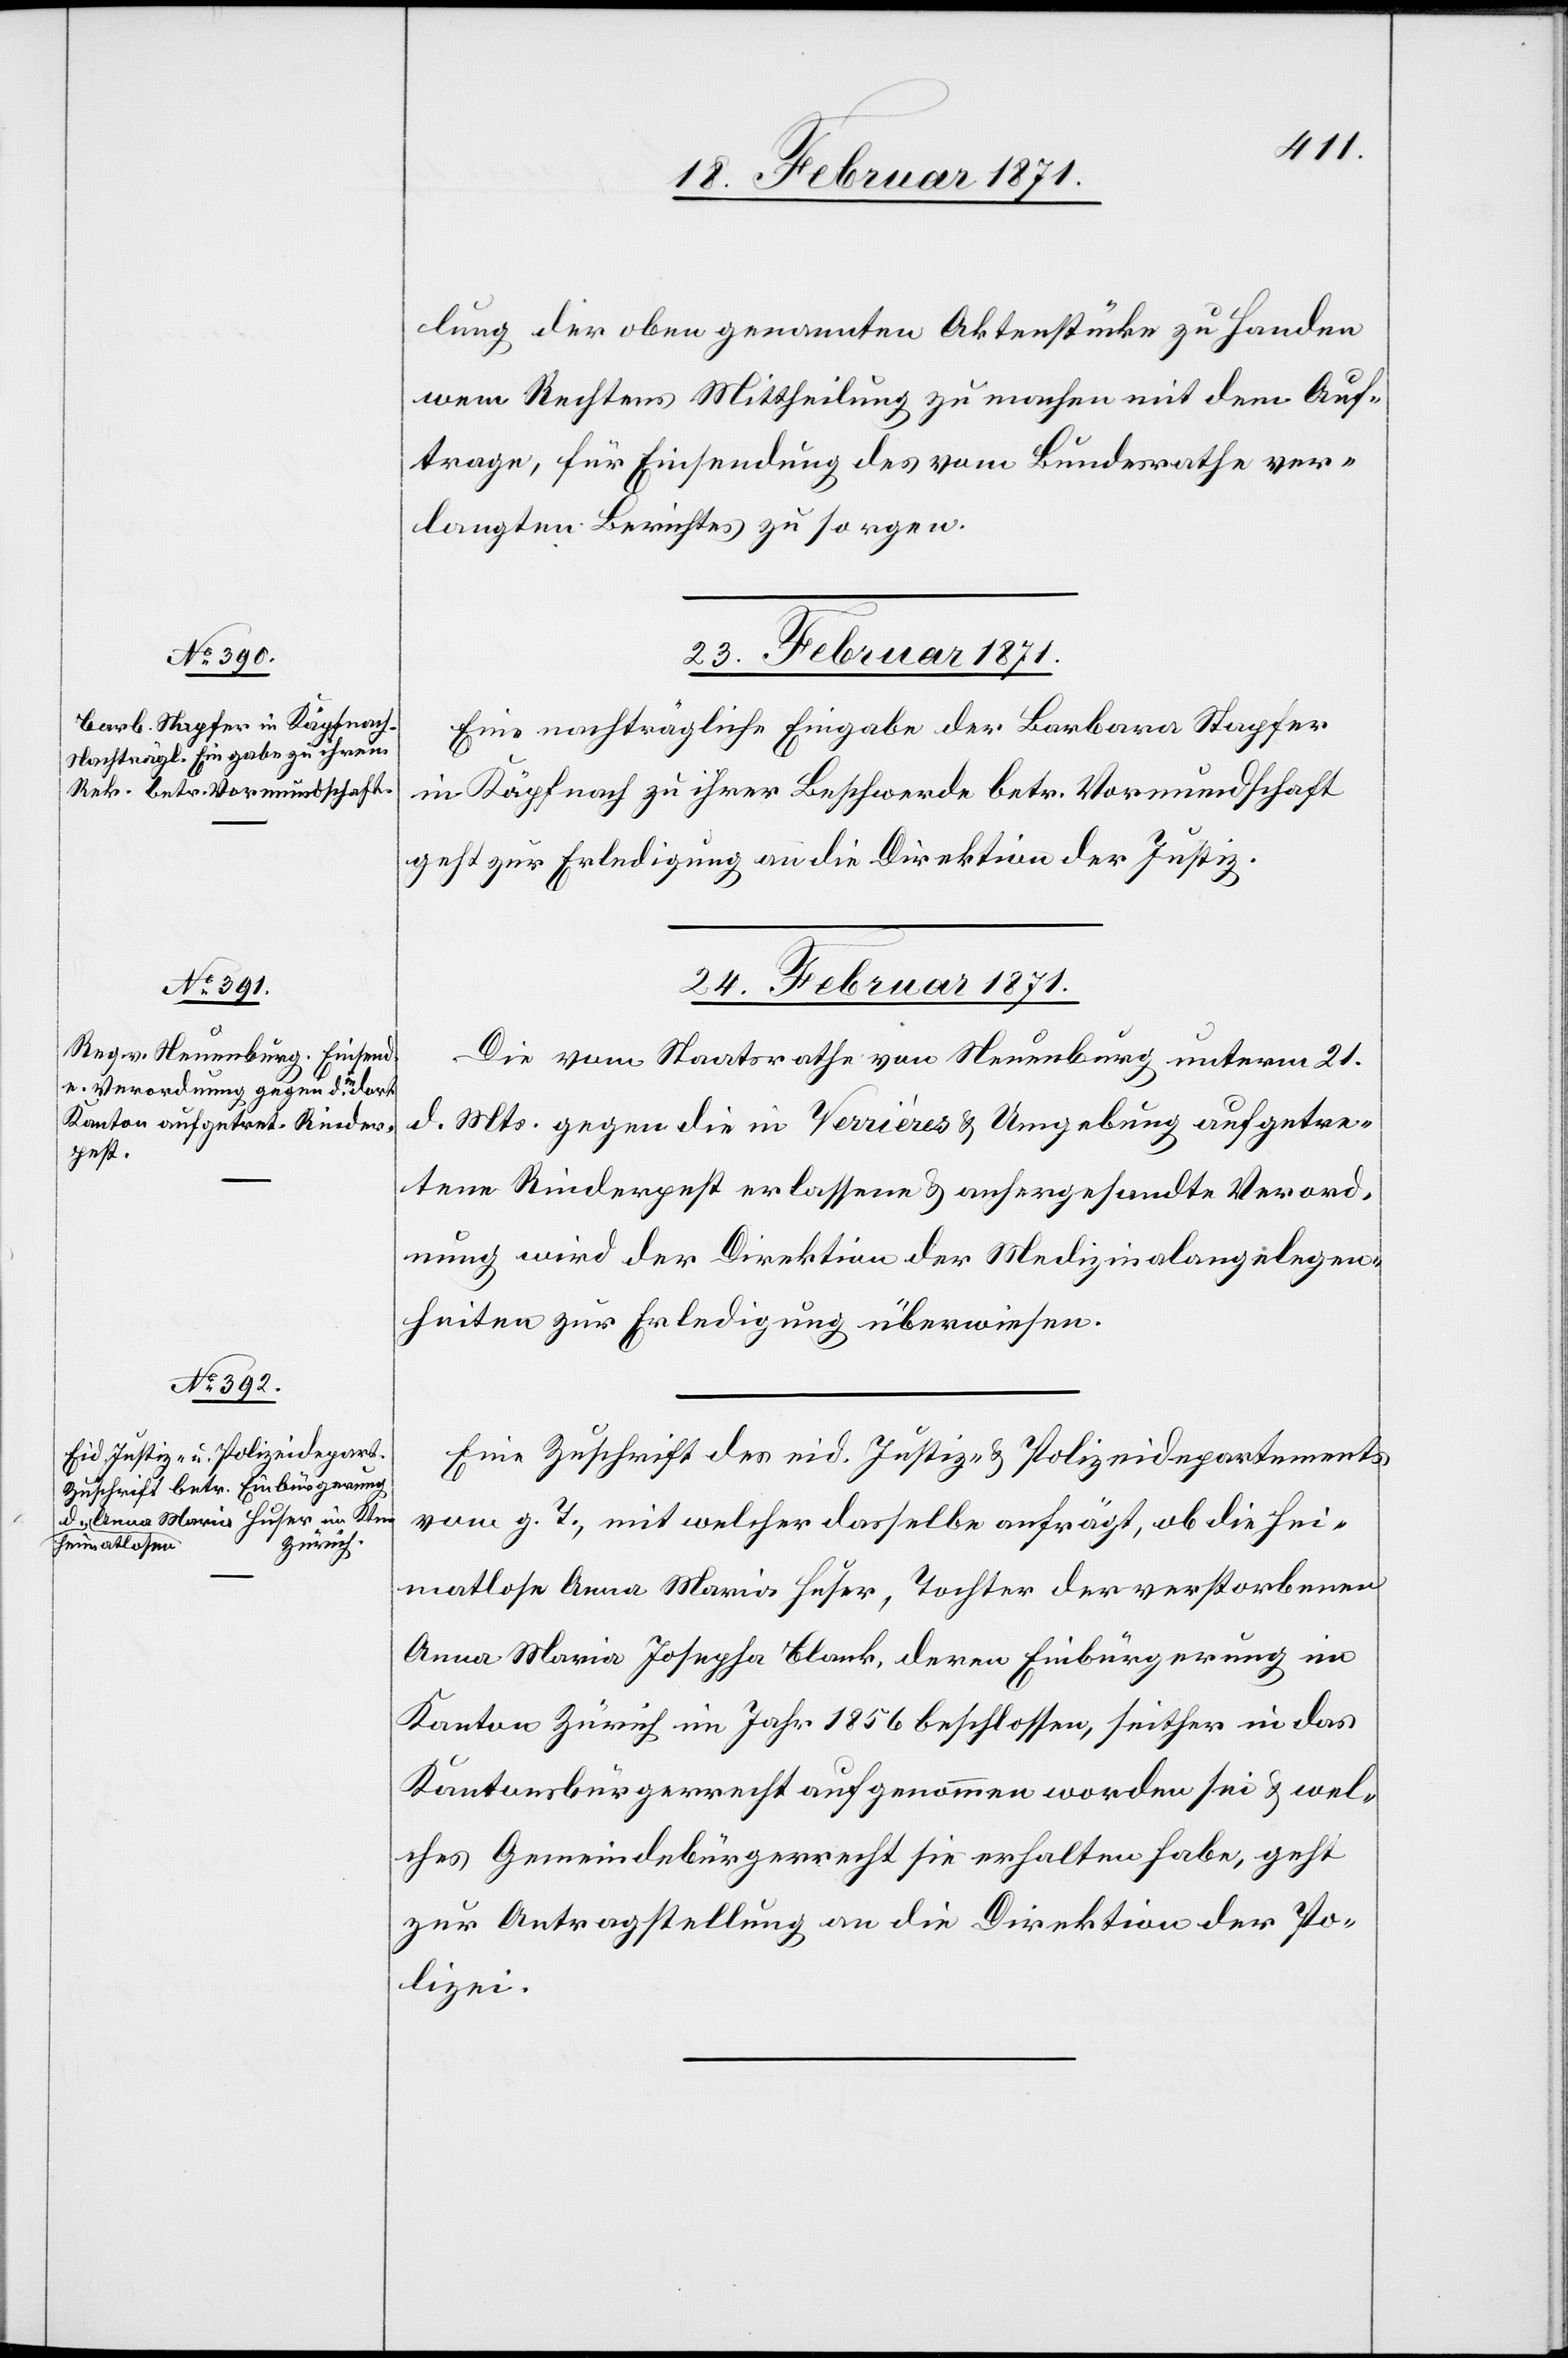
23. Februar 1871.
lung der oben genannten Aktenstücke zu Handen
wem Rechtens Mittheilung zu machen mit dem Auf¬
trage, für Einsendung des vom Bundesrathe ver¬
langten Berichtes zu sorgen.
Eine nachträgliche Eingabe der Barbara Stapfer
in Käpfnach zu ihrer Beschwerde betr. Vormundschaft
geht zur Erledigung an die Direktion der Justiz.
24. Februar 1871.]
Die vom Staatsrathe von Neuenburg unterm 21.
d. Mts. gegen die in Verrières u. Umgebung aufgetre¬
tene Rinderpest erlassene u. anhergesandte Verord¬
nung wird der Direktion der Medizinalangelegen¬
heiten zur Erledigung überwiesen.
Eine Zuschrift des eid. Justiz- u. Polizeidepartements
vom g. T., mit welcher dasselbe anfrägt, ob die hei¬
matlose Anna Maria Huser, Tochter der verstorbenen
Anna Maria Josepha Blank, deren Einbürgerung im
Kanton Zürich im Jahr 1856 beschlossen, seither in das
Kantonsbürgerrecht aufgenommen worden sei u. wel¬
ches Gemeindebürgerrecht sie erhalten habe, geht
zur Antragstellung an die Direktion der Po¬
lizei.